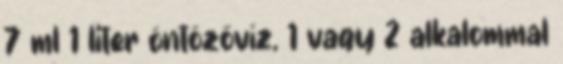
7 ml 1 liter öntözővíz, 1 vagy 2 alkalommal